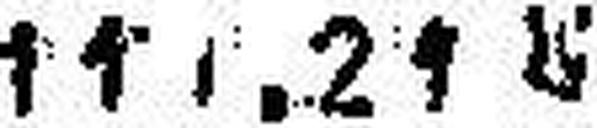
111.21 K